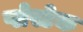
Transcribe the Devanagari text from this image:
प्लेस्टेक